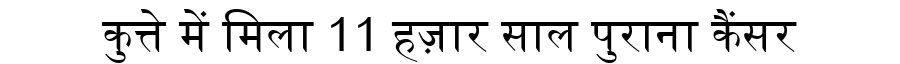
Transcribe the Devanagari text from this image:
कुत्ते में मिला 11 हज़ार साल पुराना कैंसर